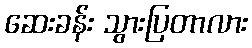
ဆေးခန်း သွားပြတာလား